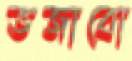
ভজাবো